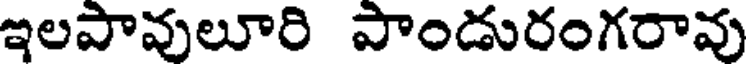
ఇలపావులూరి పాండురంగరావు